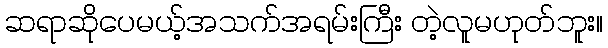
ဆရာဆိုပေမယ့်အသက်အရမ်းကြီး တဲ့လူမဟုတ်ဘူး။